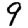
Digit: 9